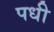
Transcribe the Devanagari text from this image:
पधी